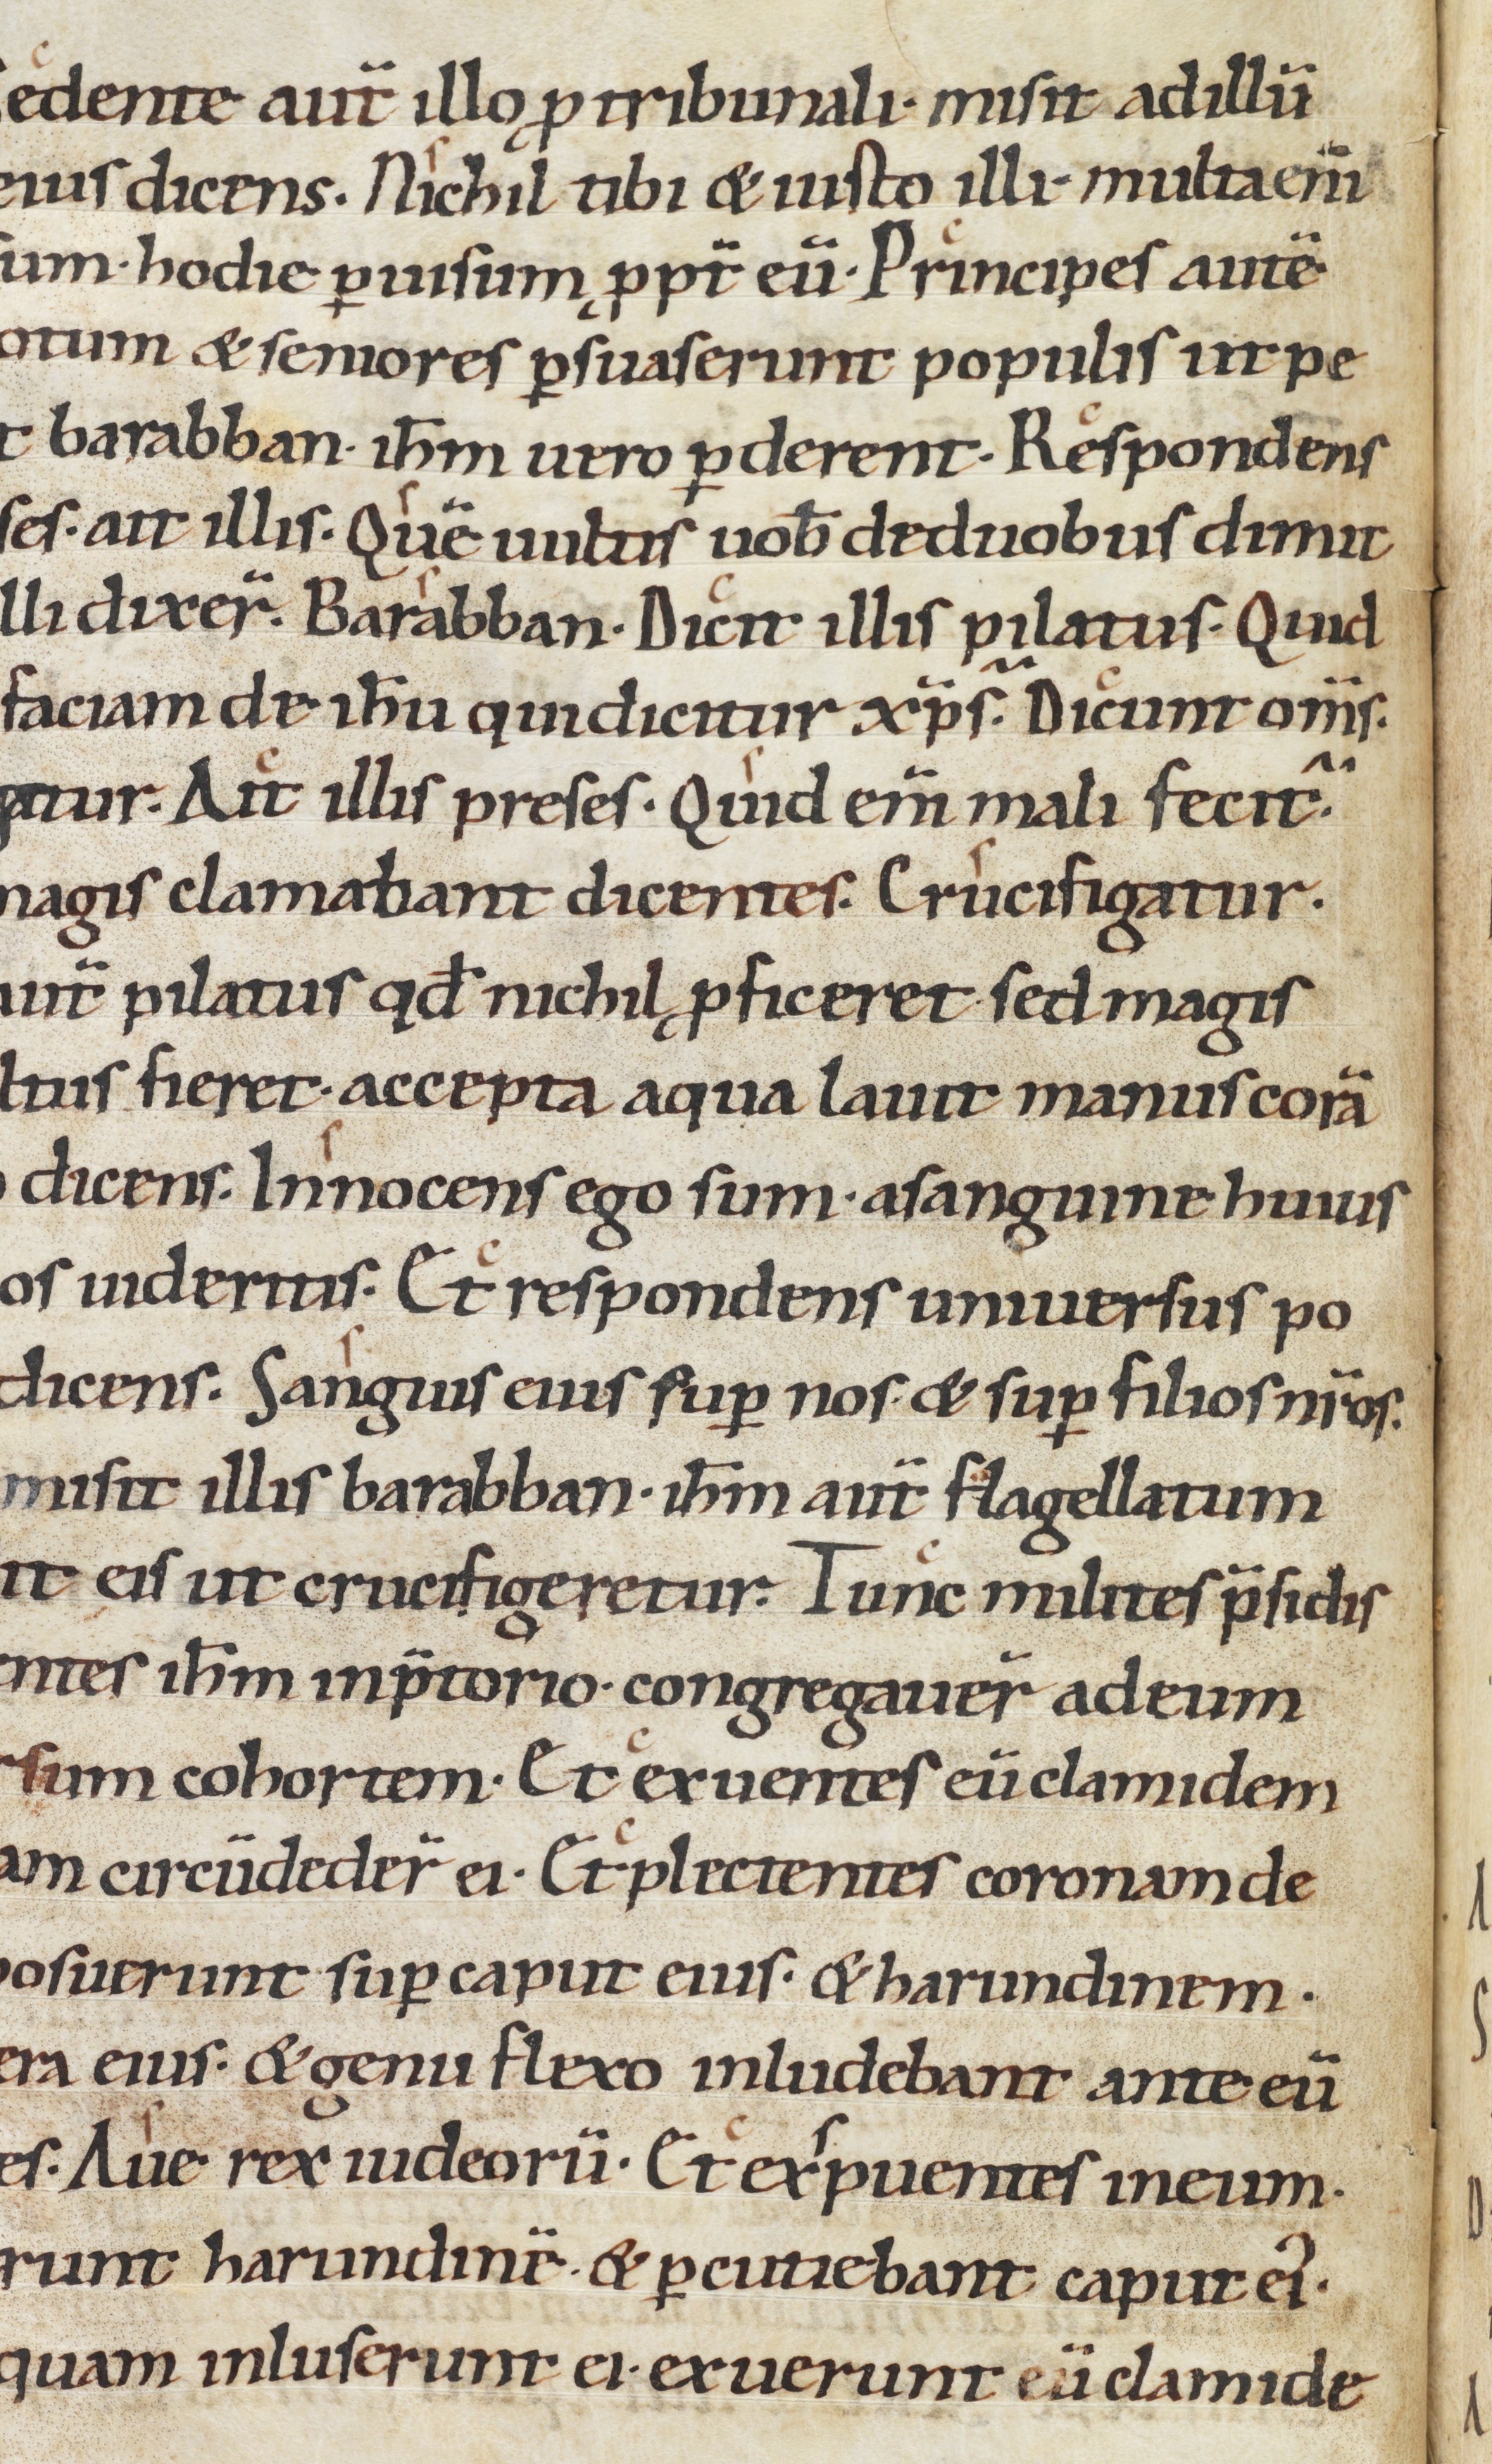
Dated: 1000–1049